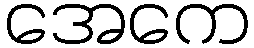
အေကေ